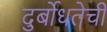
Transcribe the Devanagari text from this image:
दुर्बोधतेची